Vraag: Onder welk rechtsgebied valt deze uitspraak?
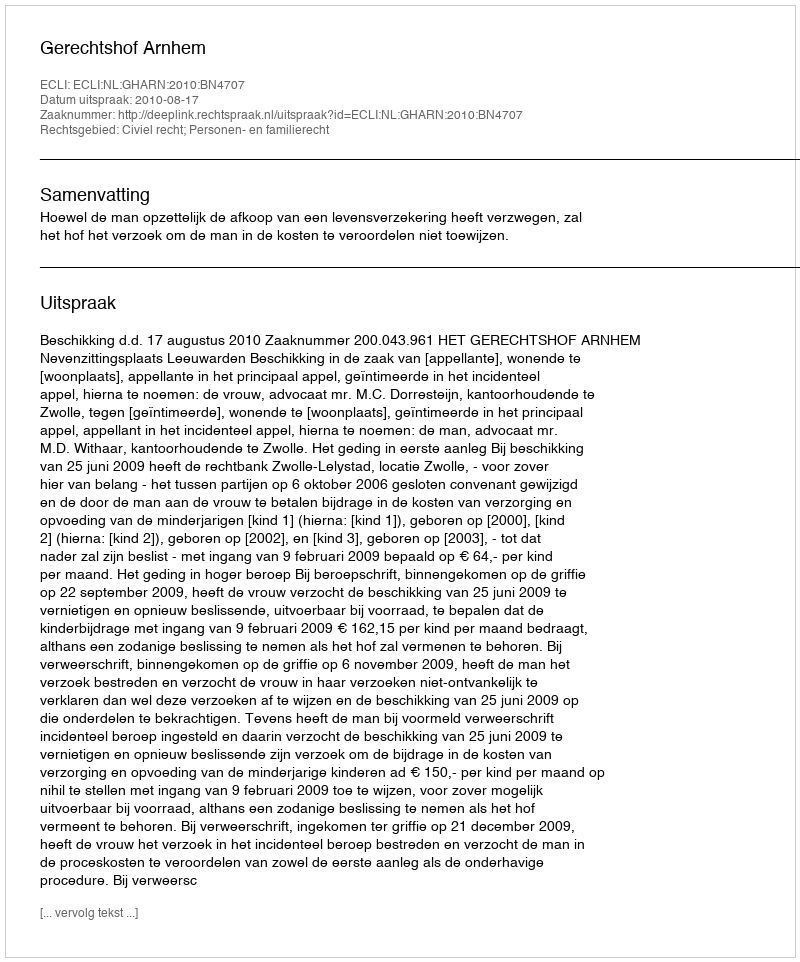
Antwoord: Civiel recht; Personen- en familierecht